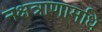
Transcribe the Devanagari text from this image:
नक्षत्राणामधि